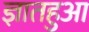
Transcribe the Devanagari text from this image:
ज्ञातहुआ